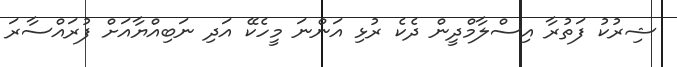
ޝިރުކު ފަތުރާ އިސްލާމްދީން ދެކެ ރުޅި އަންނަ މީހެކޭ އަދި ނަބިއްޔާއަށް ފުރައްސާރަ